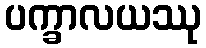
ပက္ခာလယဿု